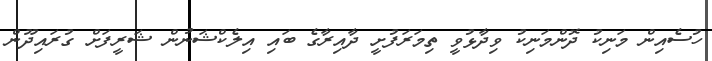
ހުސެއިން މަނިކު ދޮންމަނިކު ވިދާޅުވީ ތިމަރަފުށީ ދާއިރާގެ ބައި އިލެކްޝަނުން ޝަރީފަށް ގުރައިދޫން